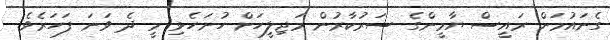
ގެނައުމަށް ރައީސް ޔާމީންގެ ސަރުކާރުން މަޖިލީހަށް ހުށަހެޅި މީ ދެ ވަނަ ފަހަރެވެ.